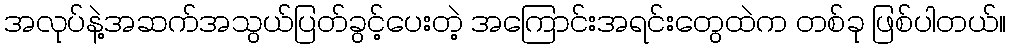
အလုပ်နဲ့အဆက်အသွယ်ပြတ်ခွင့်ပေးတဲ့ အကြောင်းအရင်းတွေထဲက တစ်ခု ဖြစ်ပါတယ်။